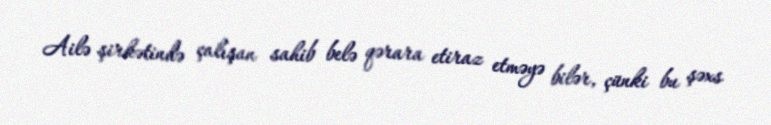
Ailə şirkətində çalışan sahib belə qərara etiraz etməyə bilər, çünki bu şəxs